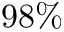
9 8 \%